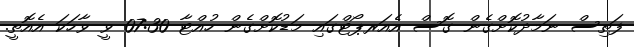
ފަތިސް ނަމާދުކޮށްގެން ގޮސް އެއަރޕޯޓްގައި މަޑުކޮށްގެން ހުއްޓާ 07:30 ވީ ވާހަކަ އެއޮތީ.